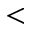
<